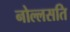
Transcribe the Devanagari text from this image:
नोल्लसति